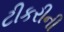
ટીકરીની